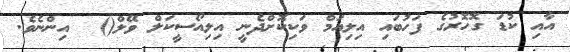
އާއި ކުޑަ ގޮހޮރުގެ ފަހުބައި އިލިއަމް ވަކިކޮށްދެނީ އިލިއޯސީކަލް ވޭލް()  އިންނެވެ.